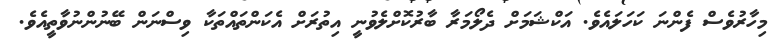
މިހާރުވެސް ފެންނަ ކަހަލައެވެ. އަކްޝަމަށް ދެލޯމަރާ ބާރުކޮށްލެވުނީ އިތުރަށް އެކަންތައްތަކާ ވިސްނަން ބޭނުންނުވާތީއެވެ.